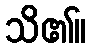
သိ၏။